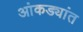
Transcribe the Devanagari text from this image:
आंकड्यांत